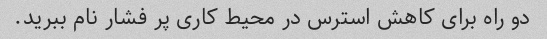
دو راه برای کاهش استرس در محیط کاری پر فشار نام ببرید.